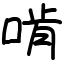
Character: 啃